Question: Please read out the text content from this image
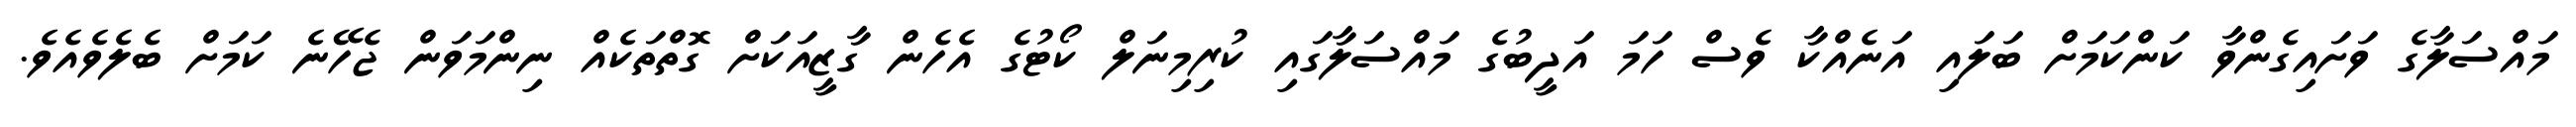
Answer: މައްސަލާގެ ވަށައިގެންވާ ކަންކަމަށް ބަލައި އަނެއްކާ ވެސް ހަމަ އަދީބުގެ މައްސަލާގައި ކުރިމިނަލް ކޯޓުގެ އެހެން ގާޒީއަކަށް ގޮތްތަކެއް ނިންމަވަން ޖެހޭނެ ކަމަށް ބެލެވެއެވެ.